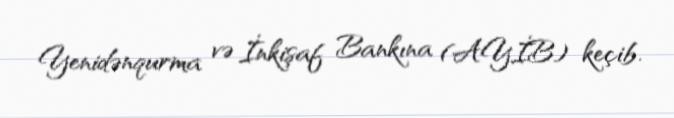
Yenidənqurma və İnkişaf Bankına (AYİB) keçib.